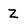
Character: Z